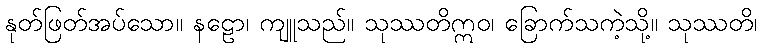
နုတ်ဖြတ်အပ်သော။ နဠော၊ ကျူသည်။ သုဿတိဣဝ၊ ခြောက်သကဲ့သို့။ သုဿတိ၊